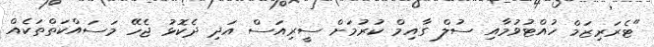
"ޓެރަރިޒަމް ހުއްޓުވުމާއި ސުލް ގާއިމް ކުރުމަށް ސީރިއަސް އަދި ދެކޮޅު ޖެހޭ މަސައްކަތްތަކެއް